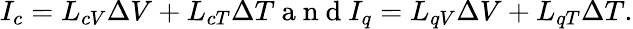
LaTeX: I_{c}=L_{cV}\Delta V+L_{cT}\Delta T\mathrm{~a~n~d~}I_{q}=L_{qV}\Delta V+L_{qT}\Delta T.